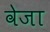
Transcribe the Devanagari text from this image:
वेजा